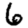
Digit: 6